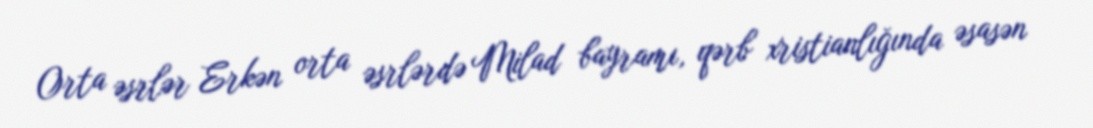
Orta əsrlər Erkən orta əsrlərdə Milad bayramı, qərb xristianlığında əsasən